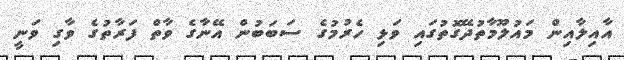
އާއިލާއިން މައުލޫމާތުދޭގޮތުގައި ވަޅި ހެރުމުގެ ސަބަބުން އޭނާގެ ވާތް ފަރާތުގެ ވާގި ވަނީ